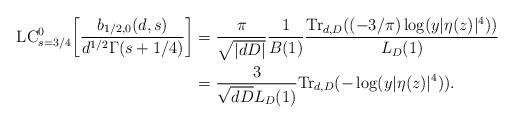
LaTeX: \begin{align*}\mathrm{LC}_{s=3/4}^0 \bigg[\frac{b_{1/2,0}(d,s)}{d^{1/2} \Gamma(s+1/4)}\bigg] &= \frac{\pi}{\sqrt{|dD|}} \frac{1}{B(1)} \frac{\mathrm{Tr}_{d,D}((-3/\pi)\log(y|\eta(z)|^4))}{L_D(1)}\\&= \frac{3}{\sqrt{dD} L_D(1)} \mathrm{Tr}_{d,D}(-\log(y|\eta(z)|^4)).\end{align*}